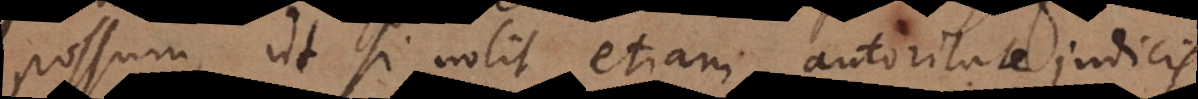
possum, ut si nolit etiam autoritate judicis